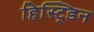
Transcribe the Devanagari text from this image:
हिस्ट्डिन